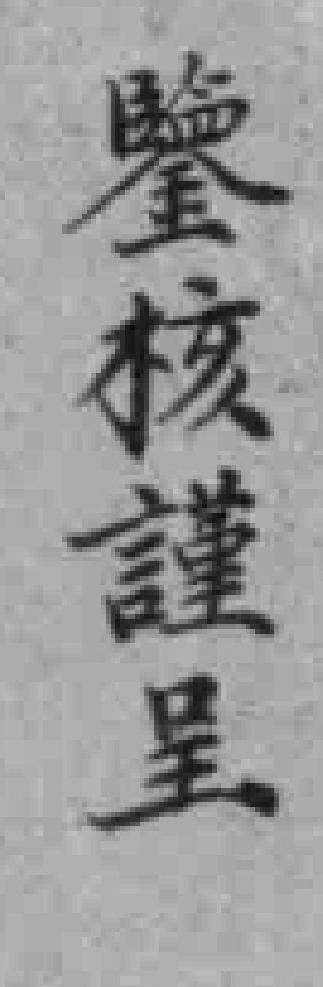
鑒核謹呈